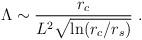
LaTeX: \begin{align*} \Lambda \sim \frac{r_c}{L^2\sqrt{\ln (r_c/r_s)}} \ .\end{align*}